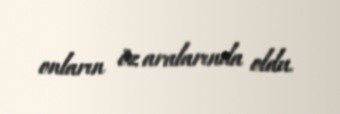
onların öz aralarında oldu.